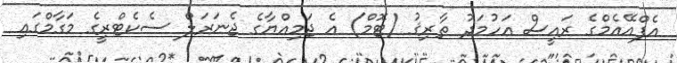
އެފްއޭއެމްގެ ރައީސް އަހުމަދު ޠާރިޤު (ޓޮމް) އެ ޖަމިއްޔާގެ ޖެނަރަލް ސެކެޓްރީގެ މަގާމްގައި